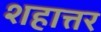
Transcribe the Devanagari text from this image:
शहात्तर